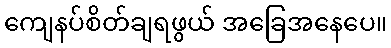
ကျေနပ်စိတ်ချရဖွယ် အခြေအနေပေ။